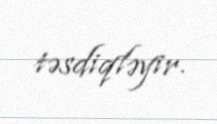
təsdiqləyir.